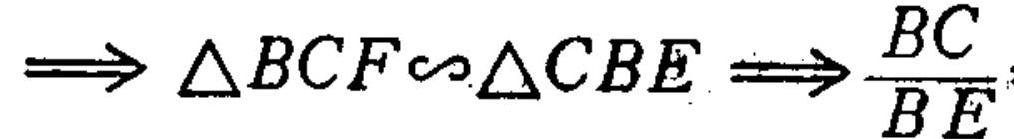
\(\Longrightarrow \triangle BCF\sim\triangle CBE\Longrightarrow\frac{BC}{BE}\)